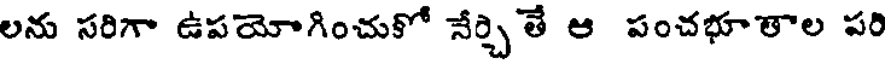
లను సరిగా ఉపయోగించుకో నేర్చితే ఆ పంచభూతాల పరి